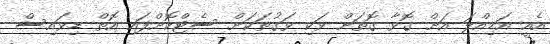
އެއީ އަމިއްލަ އަށް ގޮވާ ގޮތަށް ވަކި ވަގުތަކަށް ސެޓްކޮށްފައި އޮތް ޑިވައިސް